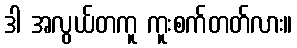
ဒါ အလွယ်တကူ ကူးစက်တတ်လား။